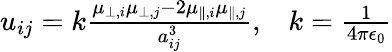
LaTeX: \begin{array}{r}{u_{ij}=k\frac{\mu_{\perp,i}\mu_{\perp,j}-2\mu_{\parallel,i}\mu_{\parallel,j}}{a_{ij}^{3}},\; \; \; k=\frac{1}{4\pi\epsilon_{0}}}\end{array}